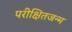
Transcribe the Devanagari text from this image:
परीक्षितजन्म